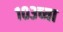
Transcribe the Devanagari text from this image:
१०३च्या